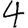
Digit: 4